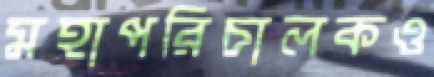
মহাপরিচালকও